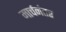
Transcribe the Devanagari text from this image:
मार्चनंतर